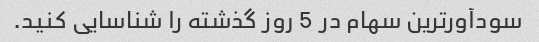
سودآورترین سهام در 5 روز گذشته را شناسایی کنید.